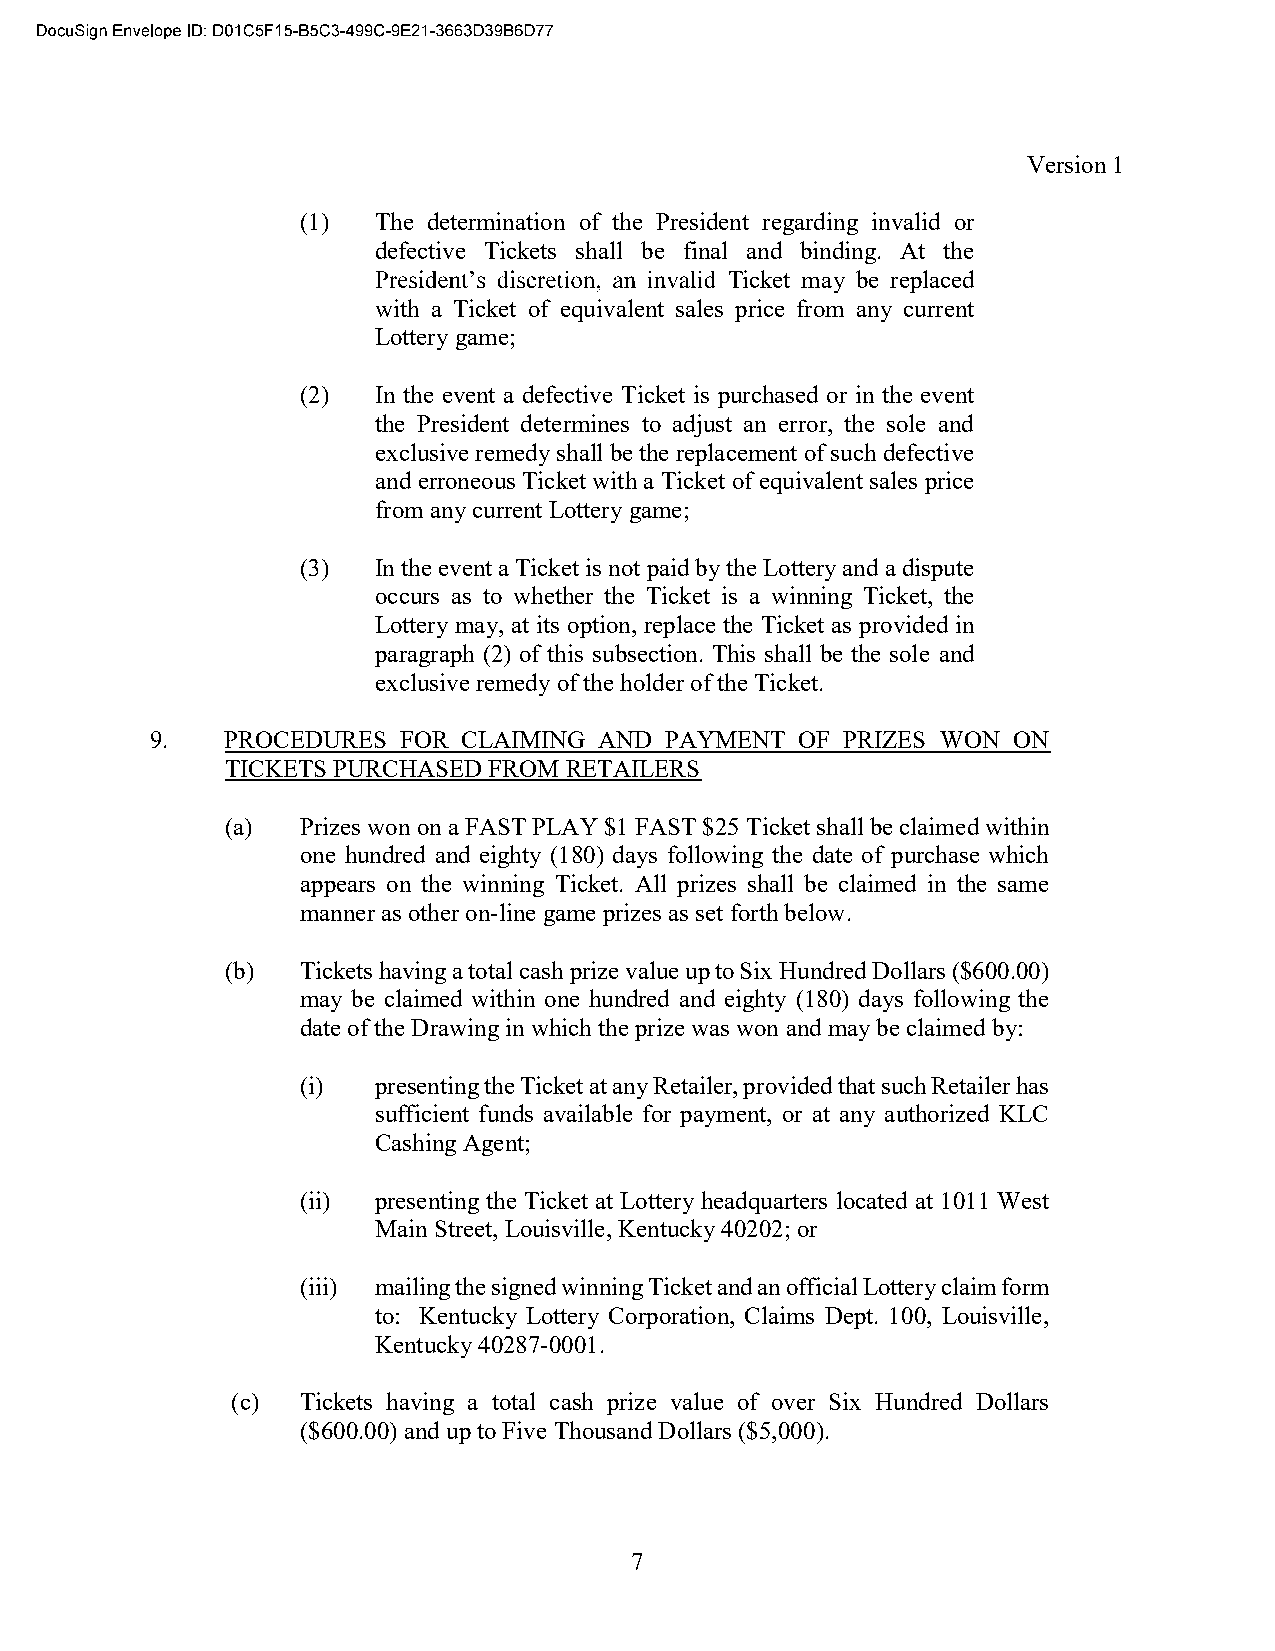
Version 1
 (1)  The determination of the President regarding invalid or
 defective Tickets shall be final and binding. At the
 Ticket may be replaced
 with a Ticket of equivalent sales price from any current
 Lottery game;
 (2)  In the event a defective Ticket is purchased or in the event
 the President determines to adjust an error, the sole and
 exclusive remedy shall be the replacement of such defective
 and erroneous Ticket with a Ticket of equivalent sales price
 from any current Lottery game;
 (3)  In the event a Ticket is not paid by the Lottery and a dispute
 occurs as to whether the Ticket is a winning Ticket, the
 Lottery may, at its option, replace the Ticket as provided in
 paragraph (2) of this subsection. This shall be the sole and
 exclusive remedy of the holder of the Ticket.
 9.   PROCEDURES FOR  CLAIMING AND PAYMENT  OF PRIZES WON ON
 TICKETS PURCHASED FROM RETAILERS
 (a)  Prizes won on a FAST PLAY $1 FAST $25 Ticket shall be claimed within
 one hundred and eighty (180) days following the date of purchase which
 appears on the winning Ticket. All prizes shall be claimed in the same
 manner as other on-line game prizes as set forth below.
 (b)  Tickets having a total cash prize value up to Six Hundred Dollars ($600.00)
 may be claimed within one hundred and eighty (180) days following the
 date of the Drawing in which the prize was won and may be claimed by:
 (i)  presenting the Ticket at any Retailer, provided that such Retailer has
 sufficient funds available for payment, or at any authorized KLC
 Cashing Agent;
 (ii) presenting the Ticket at Lottery headquarters located at 1011 West
 Main Street, Louisville, Kentucky 40202; or
 (iii) mailing the signed winning Ticket and an official Lottery claim form
 to: Kentucky Lottery Corporation, Claims Dept. 100, Louisville,
 Kentucky 40287-0001.
 (c)  Tickets having a total cash prize value of over Six Hundred Dollars
 ($600.00) and up to Five Thousand Dollars ($5,000).
 7